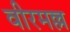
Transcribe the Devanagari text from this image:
वीरमल्ल